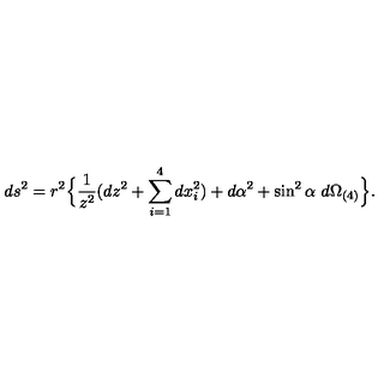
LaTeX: d s ^ { 2 } = r ^ { 2 } \Bigl \{ \frac { 1 } { z ^ { 2 } } ( d z ^ { 2 } + \sum _ { i = 1 } ^ { 4 } d x _ { i } ^ { 2 } ) + d \alpha ^ { 2 } + \sin ^ { 2 } \alpha \ d \Omega _ { ( 4 ) } \Bigr \} .